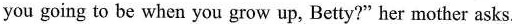
you going to be when you grow up, Betty?" her mother asks.